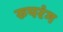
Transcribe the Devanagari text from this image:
रुपरंग